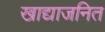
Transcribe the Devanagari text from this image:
खाद्याजनित